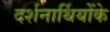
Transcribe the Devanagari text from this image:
दर्शनार्थियोंके